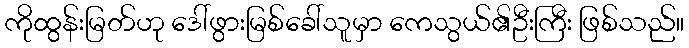
ကိုထွန်းမြတ်ဟု ဒေါ်ဖွားမြစ်ခေါ်သူမှာ ကေသွယ်၏ဦးကြီး ဖြစ်သည်။